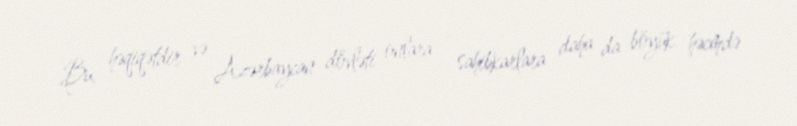
Bu, həqiqətdir və Azərbaycan dövləti onlara - sahibkarlara daha da böyük həcmdə